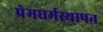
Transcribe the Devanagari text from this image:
प्रेमधर्मस्थापन